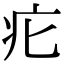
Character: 疕